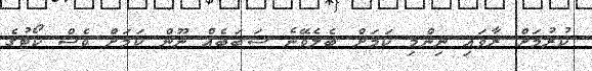
ކުރުމަށް ރާވައި ނިންމި ކަމަށް ބެލެވޭނެ ސަބަބެއް ނޫން ކަމަށް ވެސް ކޯޓުގެ